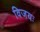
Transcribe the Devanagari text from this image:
विजयः